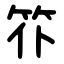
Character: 䇚